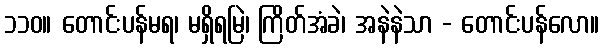
၁၁၀။ တောင်းပန်မရ၊ မရှိရမြဲ၊ ကြိတ်အံခဲ၊ အနဲနဲသာ - တောင်းပန်လော။